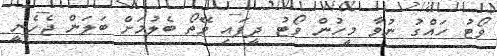
ވޯޓު ހައްގު ނުވާ މީހުން ވޯޓު ދީފައި ވޭތޯ ބެލުމަށް ބަލަން ޖެހެނީ